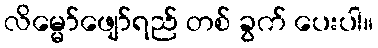
လိမ္မော်ဖျော်ရည် တစ် ခွက် ပေးပါ။